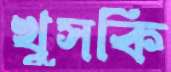
খুসকি